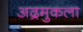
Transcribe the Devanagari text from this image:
अद्रमुकला